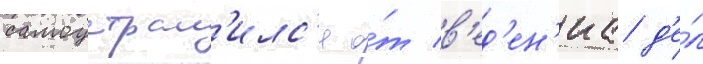
самоустран'илс'я о́т в'ед'ен'иа д'е́л